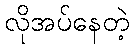
လိုအပ်နေတဲ့